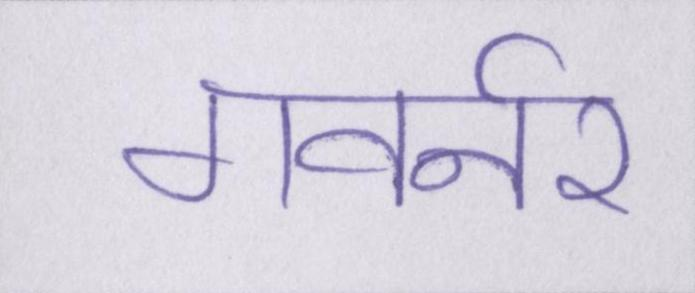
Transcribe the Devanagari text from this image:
गवर्नर